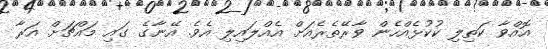
އޮއްވާ ކަތިލި ކުކުޅެއްހެން ވާރޭތެރެއަށް އެއްލައިލި އެވެ. އޭނާގެ ގައި މައްޗަށް އަރާ